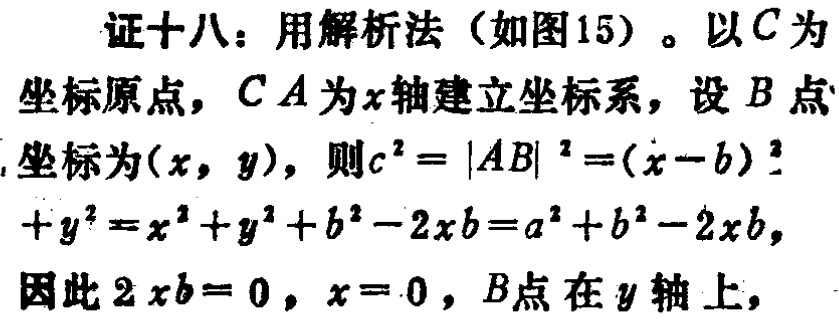
证十八：用解析法（如图15）。以\(C\)为坐标原点，\(CA\)为\(x\)轴建立坐标系，设\(B\)点坐标为\((x,y)\)，则\(c^{2} = |AB|^{2}=(x - b)^{2}+y^{2}=x^{2}+y^{2}+b^{2}-2xb=a^{2}+b^{2}-2xb\)，因此\(2xb = 0\)，\(x = 0\)，\(B\)点在\(y\)轴上，